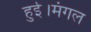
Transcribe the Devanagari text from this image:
हुई।मंगल